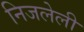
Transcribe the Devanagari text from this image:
निजलेली